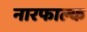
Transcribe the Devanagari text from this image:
नारफाल्क